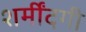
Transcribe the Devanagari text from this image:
शर्मींदगी